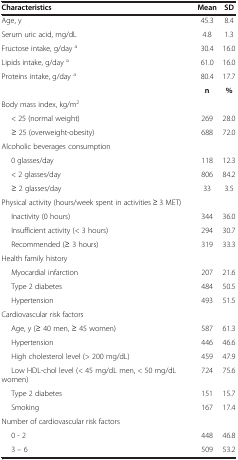
<table><thead><tr><td><b>Characteristics</b></td><td><b>Mean</b></td><td><b>SD</b></td></tr></thead><tbody><tr><td>Age, y</td><td>45.3</td><td>8.4</td></tr><tr><td>Serum uric acid, mg/dL</td><td>4.8</td><td>1.3</td></tr><tr><td>Fructose intake, g/day <sup>a</sup></td><td>30.4</td><td>16.0</td></tr><tr><td>Lipids intake, g/day <sup>a</sup></td><td>61.0</td><td>16.0</td></tr><tr><td>Proteins intake, g/day <sup>a</sup></td><td>80.4</td><td>17.7</td></tr><tr><td> </td><td><b>n</b></td><td><b>%</b></td></tr><tr><td>Body mass index, kg/m<sup>2</sup></td><td> </td><td> </td></tr><tr><td>&lt; 25 (normal weight)</td><td>269</td><td>28.0</td></tr><tr><td>≥ 25 (overweight-obesity)</td><td>688</td><td>72.0</td></tr><tr><td>Alcoholic beverages consumption</td><td> </td><td> </td></tr><tr><td>0 glasses/day</td><td>118</td><td>12.3</td></tr><tr><td>&lt; 2 glasses/day</td><td>806</td><td>84.2</td></tr><tr><td>≥ 2 glasses/day</td><td>33</td><td>3.5</td></tr><tr><td>Physical activity (hours/week spent in activities ≥ 3 MET)</td><td> </td><td> </td></tr><tr><td>Inactivity (0 hours)</td><td>344</td><td>36.0</td></tr><tr><td>Insufficient activity (&lt; 3 hours)</td><td>294</td><td>30.7</td></tr><tr><td>Recommended (≥ 3 hours)</td><td>319</td><td>33.3</td></tr><tr><td>Health family history</td><td> </td><td> </td></tr><tr><td>Myocardial infarction</td><td>207</td><td>21.6</td></tr><tr><td>Type 2 diabetes</td><td>484</td><td>50.5</td></tr><tr><td>Hypertension</td><td>493</td><td>51.5</td></tr><tr><td>Cardiovascular risk factors</td><td> </td><td> </td></tr><tr><td>Age, y (≥ 40 men, ≥ 45 women)</td><td>587</td><td>61.3</td></tr><tr><td>Hypertension</td><td>446</td><td>46.6</td></tr><tr><td>High cholesterol level (&gt; 200 mg/dL)</td><td>459</td><td>47.9</td></tr><tr><td>Low HDL-chol level (&lt; 45 mg/dL men, &lt; 50 mg/dL women)</td><td>724</td><td>75.6</td></tr><tr><td>Type 2 diabetes</td><td>151</td><td>15.7</td></tr><tr><td>Smoking</td><td>167</td><td>17.4</td></tr><tr><td>Number of cardiovascular risk factors</td><td> </td><td> </td></tr><tr><td>0 - 2</td><td>448</td><td>46.8</td></tr><tr><td>3 – 6</td><td>509</td><td>53.2</td></tr></tbody></table>